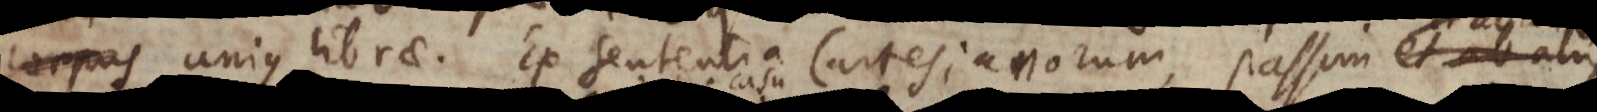
corpus unius librae. Ex sententia Cartesianorum, passim ab aliis